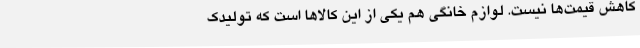
کاهش قیمت‌ها نیست. لوازم خانگی هم یکی از این کالاها است که تولیدک